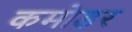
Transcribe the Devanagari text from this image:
कमोडर